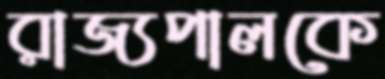
রাজ্যপালকে